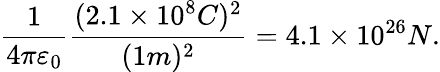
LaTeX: {\frac{1}{4\pi\varepsilon_{0}}}{\frac{(2.1\times 10^{8}C)^{2}}{(1m)^{2}}}=4.1\times 10^{26}N.